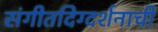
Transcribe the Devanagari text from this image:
संगीतदिग्दर्शनाची